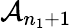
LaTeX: \mathcal{A}_{n_{1}+1}